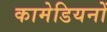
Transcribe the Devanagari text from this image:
कामेडियनों